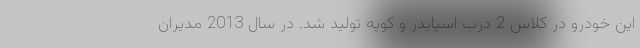
این خودرو در کلاس 2 درب اسپایدر و کوپه تولید شد. در سال 2013 مدیران